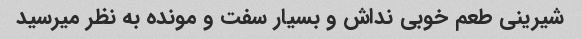
شیرینی طعم خوبی نداش و بسیار سفت و مونده به نظر میرسید